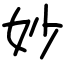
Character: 妙